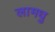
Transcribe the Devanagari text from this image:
लामधु